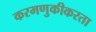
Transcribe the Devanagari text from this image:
करमणुकीकरता